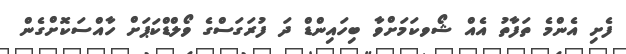
ފެށި އެންމެ ތަފާތު އެއް ޝޯވކަމަށްވާ ބިހައިންޑް ދަ ފުރަގަސްގެ ވޯލްޑްކަޕަށް ހާއްސަކޮށްގެން